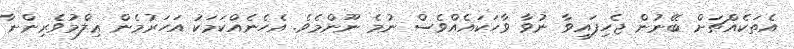
އެތަކެއްޗަށް ބޭނުން ޖެހިފައިވާ ނުވާ ވާހަކައެއްވެސް ނުމެ ނޫންމެވެ. އެހެނެއްކަމަކު އަހަރުމެން ޢިލްމުވެރިންނާ